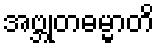
အဗ္ဘုတဓမ္မာတိ